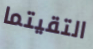
التقيتما